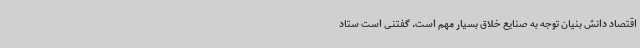
اقتصاد دانش بنیان توجه به صنایع خلاق بسیار مهم است. گفتنی است ستاد